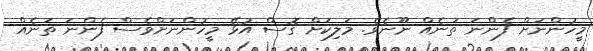
މީހުންނަށް ފެންނަ ތަނެއް ނޫނެވެ. މަލިކަށް ގޮސް އުޅޭ މީހުންނަށްވެސް ފެންނަ ތަނެއް